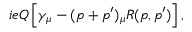
\displaystyle i e Q \left[ \gamma _ { \mu } - ( p + p ^ { \prime } ) _ { \mu } R ( p , p ^ { \prime } ) \right] ,